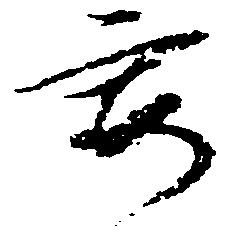
要